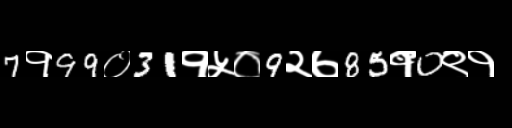
Text: 7१99०31१५०9२७85१0९१